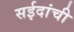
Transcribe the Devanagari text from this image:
सईदांची